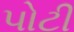
પોટી